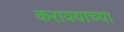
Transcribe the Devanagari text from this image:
करावयाच्‍या